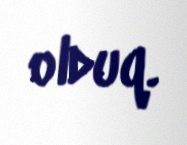
olduq.